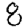
Digit: 8